Lunatic asylums United Provinces 1909-1921 - 1909-1921
Year: 1909
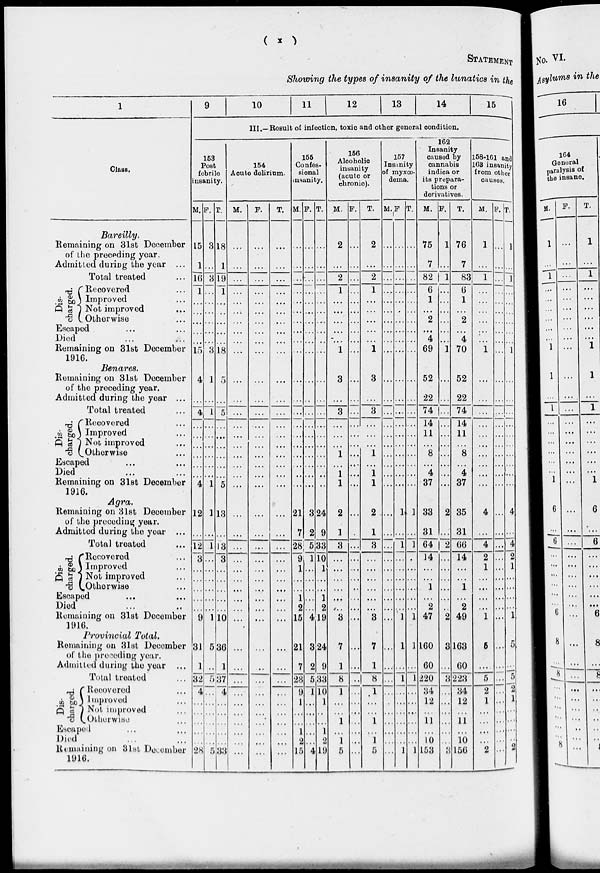
( x )
STATEMENT
Showing the types of insanity of the lunatics in the
1
Class.
Bareilly.
Remaining on 31st December
of the preceding year.
Admitted during the year ...
Total treated ...
Dis-
charged.
Recovered …
Improved …
Not improved …
Otherwise …
Escaped ... ...
Died ...
Remaining on 31st December
1916.
Benares.
Remaining on 31st December
of the preceding year.
Admitted during the year ...
Total treated …
Discharged.
Recovered …
Improved …
Not improved …
Otherwise …
Escaped … …
Died … …
Remaining on 31st December
1916.
Agra.
Remaining on 31st December
of the preceding year.
Admitted during the year ...
Total treated …
Dis-
charged.
Recovered …
Improved …
Not improved …
Otherwise …
Escaped ... ...
Died … …
Remaining on 31st December
1916.
Provincial Total.
Remaining on 31st December
of the preceding year.
Admitted during the year ...
Total treated …
Di s-
charged.
Recovered ...
Improved …
Not improved ...
Otherwise ...
Escaped ... ...
Died … …
Remaining on 31st December
1916.
9
10
11
12
13
14
15
III.—Result of infection, toxic and other general condition.
153
Post
fobrile
insanity.
M.
15
1
16
1
…
…
...
…
...
15
4
...
4
…
…
…
…
…
…
4
12
...
12
3
…
…
…
…
…
9
31
1
32
4
… …
…
…
…
28
F.
3
…
3
…
…
…
…
…
...
3
1
…
1
…
…
…
…
…
…
1
1
…
1
…
…
…
…
...
…
1
5
...
5
…
… …
…
…
…
5
T.
18
1
19
1
…
…
...
…
...
18
5
…
5
…
…
…
…
…
…
5
13
…
13
3
…
…
…
…
…
10
36
1
37
…
… …
…
…
…
33
154
Acute delirium.
M.
…
…
…
…
…
…
…
…
...
…
…
…
…
…
…
…
…
…
…
…
…
…
…
…
…
…
…
…
…
…
…
…
…
…
… …
…
…
…
…
F.
…
…
…
…
…
…
…
…
...
…
…
…
…
…
…
…
…
…
…
…
…
…
…
…
…
…
…
…
…
…
…
…
…
…
… …
…
…
…
…
T.
…
…
...
…
…
…
…
…
...
...
…
…
…
…
…
…
…
…
…
…
…
…
…
…
…
…
…
…
…
…
…
…
…
…
… …
…
…
…
…
156
Confes-
sional
insanity.
M.
…
…
…
…
…
…
…
…
...
…
...
…
…
…
…
…
…
…
…
…
21
7
28
9
1
…
…
1
2
15
21
7
28
9
1
1
…
1
2
15
F.
…
…
…
…
…
…
…
…
...
...
…
…
…
…
…
…
…
…
…
…
3
2
5
1
…
…
…
…
…
4
3
2
5
1
…
…
…
…
…
4
T.
…
…
…
…
…
…
…
…
...
...
…
…
…
…
…
…
…
…
…
…
24
9
33
10
1
…
…
1
2
19
24
9
33
10
1
1
…
1
2
19
156
Alcoholic
insanity
(acute or
chronic).
M.
2
…
2
1
…
…
…
…
...
1
3
…
3
…
…
…
1
…
1
1
2
1
3
…
…
…
…
…
…
3
7
1
8
1
… ...
1
…
1
5
F.
…
…
…
…
…
…
…
…
...
...
...
…
…
…
…
…
…
…
…
…
...
…
…
…
…
…
…
…
…
…
…
…
…
…
...
…
…
…
...
T.
2
…
2
1
…
…
…
…
...
1
3
…
3
…
…
…
1
…
1
1
2
1
3
…
…
…
…
…
…
3
7
1
8
1
…
…
1
…
1
5
157
Insanity
of myxœ-
dema.
M.
…
…
...
…
…
…
…
…
...
…
…
…
…
…
…
…
…
…
…
…
...
…
…
…
…
…
…
…
…
...
...
…
…
…
…
…
…
…
…
...
F.
…
…
...
…
…
…
…
…
...
…
…
…
…
…
…
…
…
…
…
…
1
…
1
…
…
…
…
…
…
1
1
…
1
…
… …
…
…
…
1
T.
…
…
…
…
…
…
…
…
...
…
…
…
…
…
…
…
…
…
…
…
1
…
1
…
…
…
…
…
…
1
1
…
1
…
… …
…
…
…
1
162
Insanity
caused by
cannabis
indica or
its prepara-
tions or
derivatives.
M.
75
7
82
6
1
…
2
…
4
69
52
22
74
14
11
…
8
…
4
37
33
31
64
14
…
…
1
…
2
47
160
60
220
34
134 12
11
…
10
153
F.
1
…
1
…
…
…
...
…
...
1
...
…
...
…
…
…
…
…
…
…
2
…
2
…
…
…
…
…
…
2
3
…
3
…
… …
…
…
…
3
T.
76
7
83
6
1
…
2
…
4
70
52
22
74
14
11
…
8
…
4
37
35
31
66
14
…
…
1
…
2
49
163
60
223
34
34 12
11
…
10
156
158-161 and
163 insanity
from other
causes.
M.
1
…
1
…
…
…
...
…
...
1
...
…
…
…
…
…
…
…
…
...
4
…
4
2
1
…
...
...
...
1
5
…
5
2
2 1
…
…
…
2
F.
…
…
…
…
…
…
…
…
...
…
…
…
…
…
…
…
…
…
…
…
…
…
…
…
…
…
…
…
…
…
…
…
…
…
… …
…
…
…
…
T.
1
…
1
…
…
…
…
…
...
1
...
…
…
…
…
…
…
…
…
...
4
…
4
2
1
…
…
…
…
1
5
...
5
2
2
1
…
...
…
2